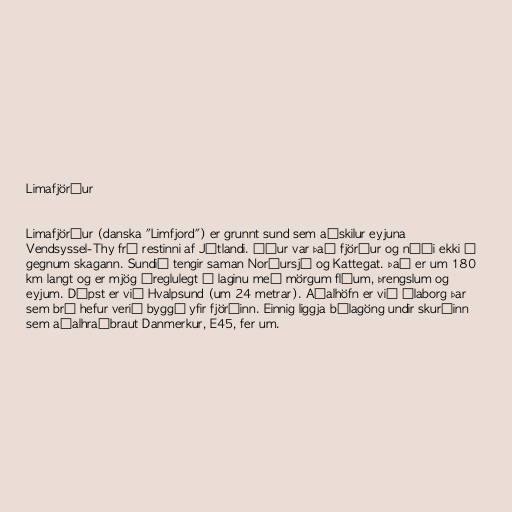
Limafjörður

Limafjörður (danska "Limfjord") er grunnt sund sem aðskilur eyjuna
Vendsyssel-Thy frá restinni af Jótlandi. Áður var það fjörður og náði ekki í
gegnum skagann. Sundið tengir saman Norðursjó og Kattegat. Það er um 180
km langt og er mjög óreglulegt í laginu með mörgum flóum, þrengslum og
eyjum. Dýpst er við Hvalpsund (um 24 metrar). Aðalhöfn er við Álaborg þar
sem brú hefur verið byggð yfir fjörðinn. Einnig liggja bílagöng undir skurðinn
sem aðalhraðbraut Danmerkur, E45, fer um.